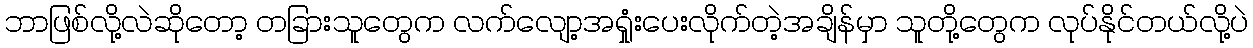
ဘာဖြစ်လို့လဲဆိုတော့ တခြားသူတွေက လက်လျော့အရှုံးပေးလိုက်တဲ့အချိန်မှာ သူတို့တွေက လုပ်နိုင်တယ်လို့ပဲ